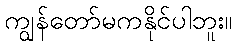
ကျွန်တော်မကနိုင်ပါဘူး။